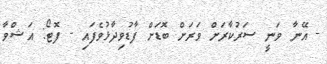
- އޭނާ ވަނީ ސަރުކާރަށް ވަރަށް ބޮޑަށް ފާޑުވިދާޅުވެފައި - ފޮޓޯ: އަޝްވާ